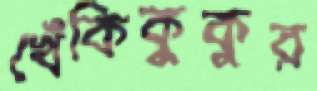
খেঁকিকুকুর